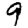
Digit: 9